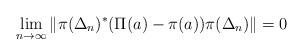
LaTeX: \begin{align*}\lim_{n\to\infty} \|\pi(\Delta_n)^*(\Pi(a)-\pi(a))\pi(\Delta_n)\|=0\end{align*}